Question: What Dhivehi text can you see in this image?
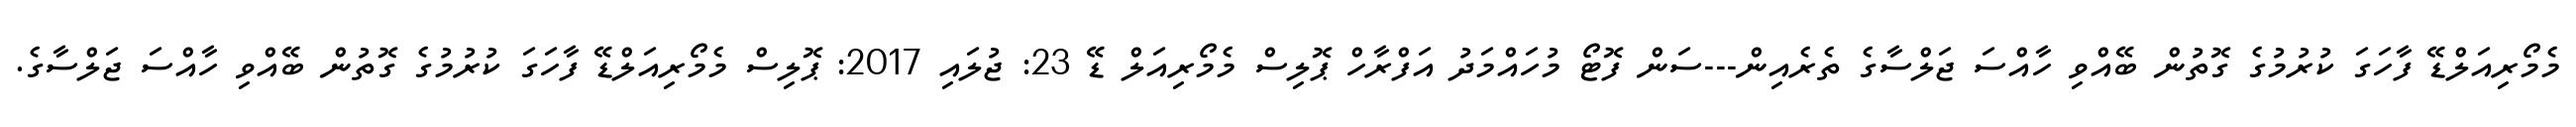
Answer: މެމޯރިއަލްޑޭ ފާހަގަ ކުރުމުގެ ގޮތުން ބޭއްވި ހާއްސަ ޖަލްސާގެ ތެރެއިން---ސަން ފޮޓޯ މުހައްމަދު އަފްރާހް ޕޮލިސް މެމޯރިއަލް ޑޭ 23: ޖުލައި 2017: ޕޮލިސް މެމޯރިއަލްޑޭ ފާހަގަ ކުރުމުގެ ގޮތުން ބޭއްވި ހާއްސަ ޖަލްސާގެ.